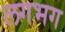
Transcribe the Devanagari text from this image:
लगभ्‍ाग